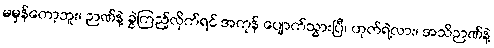
မမှန်တော့ဘူး၊ ဉာဏ်နဲ့ ခွဲကြည့်လိုက်ရင် အကုန် ပျောက်သွားပြီ၊ ဟုတ်ရဲ့လား၊ အသိဉာဏ်နဲ့